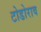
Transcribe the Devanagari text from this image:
टोडोराव